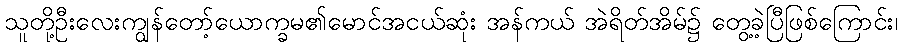
သူတို့ဦးလေးကျွန်တော့်ယောက္ခမ၏မောင်အငယ်ဆုံး အန်ကယ် အဲရိတ်အိမ်၌ တွေ့ခဲ့ပြီဖြစ်ကြောင်း၊